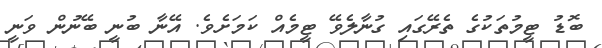
ބޮޑު ޓީމުތަކުގެ ތެރޭގައި ގުނާލެވޭ ޓީމެއް ކަމަށެވެ. އޭނާ ބުނީ ބޭނުން ވަނީ